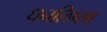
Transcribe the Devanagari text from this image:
धनलिप्सा